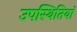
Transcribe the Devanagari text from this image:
उपस्थितियां